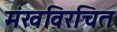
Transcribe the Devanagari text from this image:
मंखविरचित